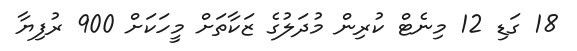
18 ގަޑި 12 މިނެޓް ކުރިން މުދަލުގެ ޒަކާތަށް މީހަކަށް 900 ރުފިޔާ